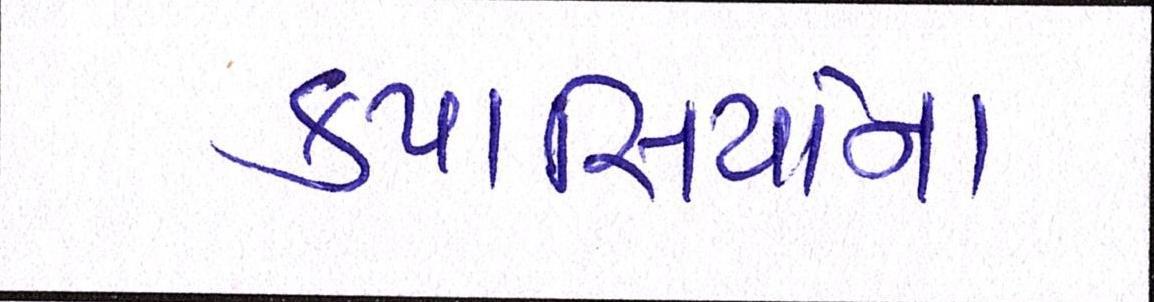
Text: કપાસિયાંના